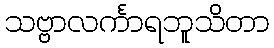
သဗ္ဗာလင်္ကာရဘူသိတာ